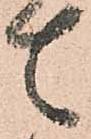
て